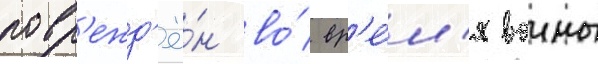
повр'ежд'ё́н во́ вр'е́м'я воины